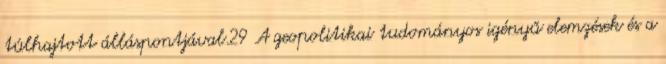
túlhajtott álláspontjával.29 A geopolitikai tudományos igényű elemzések és a